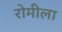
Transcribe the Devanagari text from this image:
रोमीला